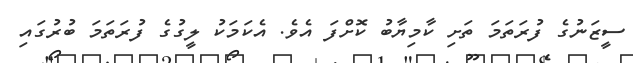
ސީޒަނުގެ ފުރަތަމަ ތަށި ކާމިޔާބު ކޮށްފަ އެވެ. އެކަމަކު ލީގުގެ ފުރަތަމަ ބުރުގައި